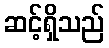
ဆင့်ရှိသည်